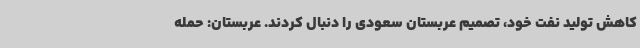
کاهش تولید نفت خود، تصمیم عربستان سعودی را دنبال کردند. عربستان: حمله